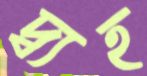
দ্ব্যহ